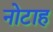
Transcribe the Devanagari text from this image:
नोटाह